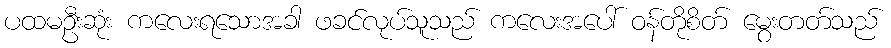
ပထမဦးဆုံး ကလေးရသောအခါ ဖခင်လုပ်သူသည် ကလေးအပေါ် ဝန်တိုစိတ် မွေးတတ်သည်